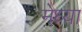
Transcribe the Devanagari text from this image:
मेध्या